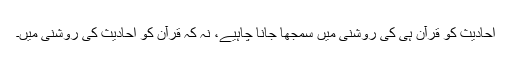
احادیث کو قرآن ہی کی روشنی میں سمجھا جانا چاہیے، نہ کہ قرآن کو احادیث کی روشنی میں۔